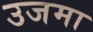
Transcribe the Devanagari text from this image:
उजमा